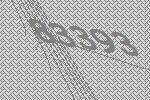
83393